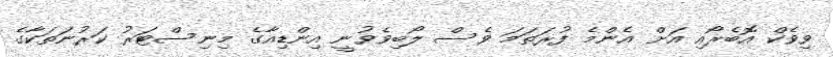
ވިވެކް އޮބެރޯއި އަށް އެންމެ ފުރަތަމަ ވެސް ލޯބިވެވުނީ އިންޑިއާގެ މިނިސްޓަރު ކަރުނަތަކާގެ